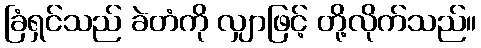
ခြံရှင်သည် ခဲတံကို လျှာဖြင့် တို့လိုက်သည်။